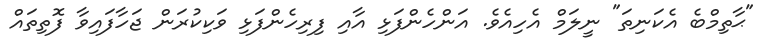
"ޙާތިމްބެ އެކަނިތަ" ނީލަމް އެހިއެވެ. އަންހެންފަޅި އާއި ފިރިހެންފަޅި ވަކިކުރަން ޖަހާފައިވާ ފޮތިތައް